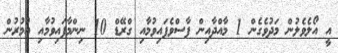
އީ އޯލެވެލުން މަދުވެގެން 1 މާއްދާއިން ފާސްވެފައިވުމާއި ގްރޭޑް 10 ނިންމާފައިވުމާއި އުމުރުން